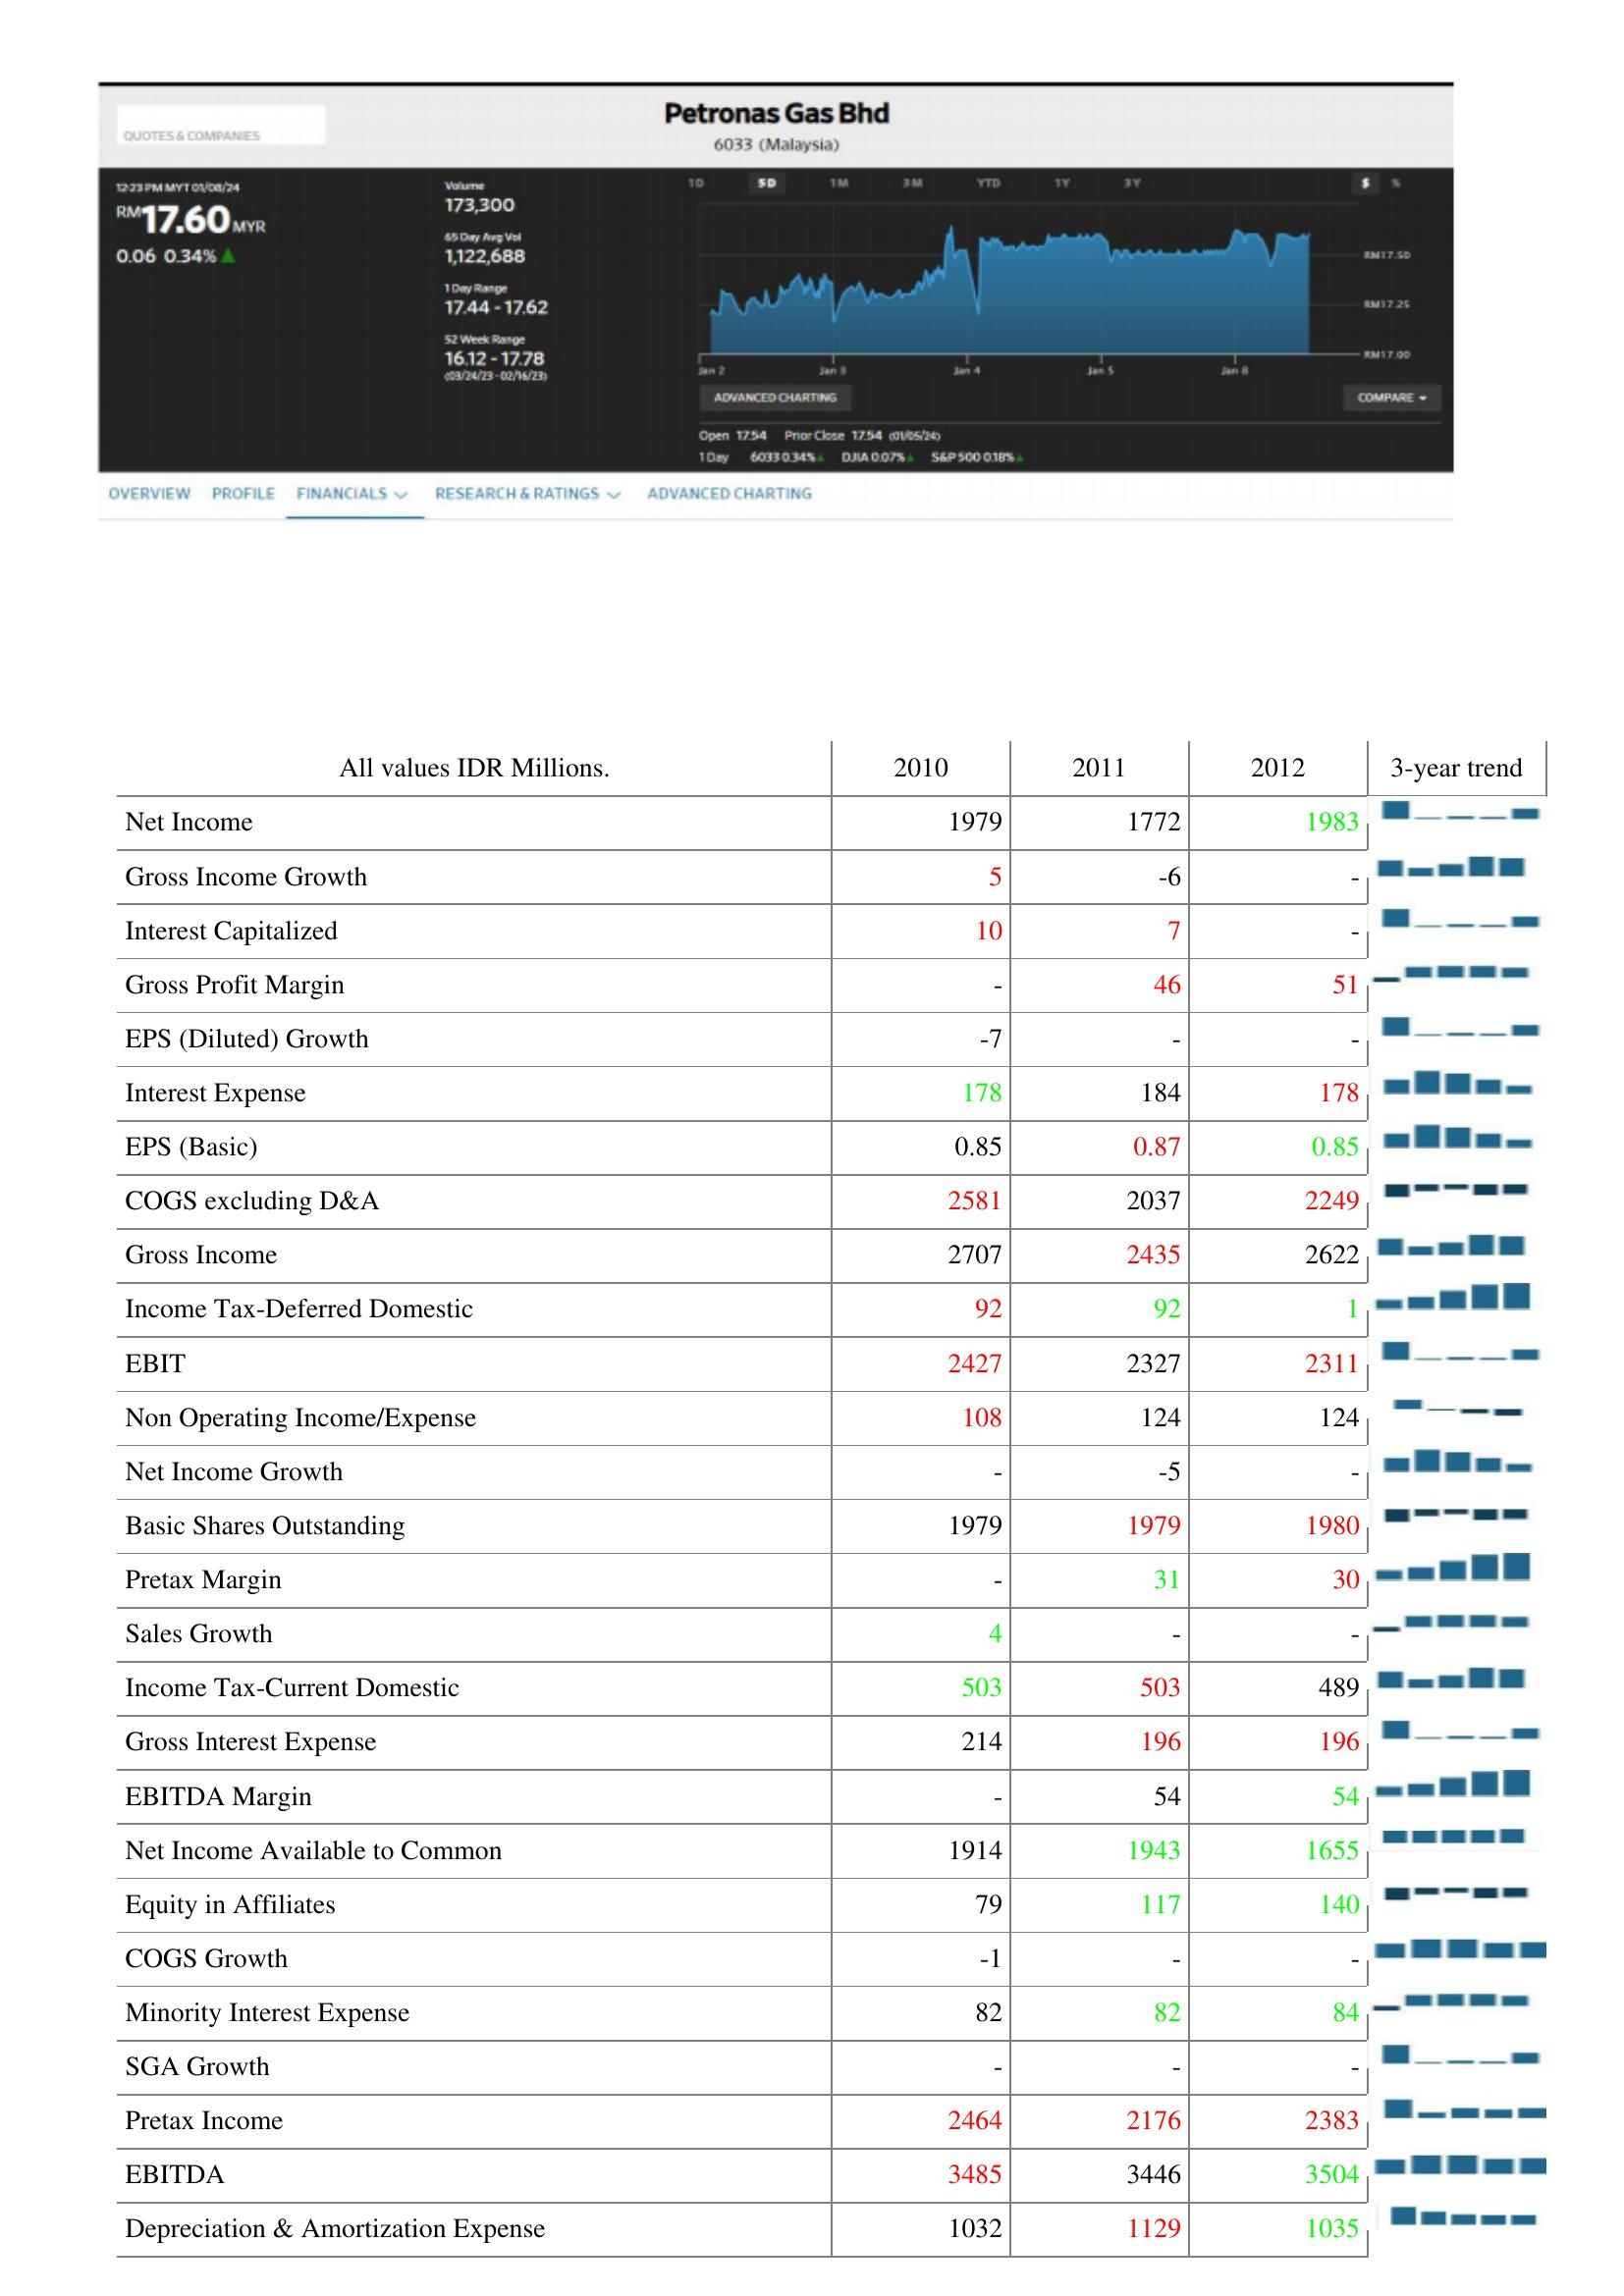
2010: : Net Income: 1979
Gross Income Growth: 5
Interest Capitalized: 10
Gross Profit Margin: -
EPS (Diluted) Growth: -7
Interest Expense: 178
EPS (Basic): 0.85
COGS excluding D&A: 2581
Gross Income: 2707
Income Tax-Deferred Domestic: 92
EBIT: 2427
Non Operating Income/Expense: 108
Net Income Growth: -
Basic Shares Outstanding: 1979
Pretax Margin: -
Sales Growth: 4
Income Tax-Current Domestic: 503
Gross Interest Expense: 214
EBITDA Margin: -
Net Income Available to Common: 1914
Equity in Affiliates: 79
COGS Growth: -1
Minority Interest Expense: 82
SGA Growth: -
Pretax Income: 2464
EBITDA: 3485
Depreciation & Amortization Expense: 1032
2011: : Net Income: 1772
Gross Income Growth: -6
Interest Capitalized: 7
Gross Profit Margin: 46
EPS (Diluted) Growth: -
Interest Expense: 184
EPS (Basic): 0.87
COGS excluding D&A: 2037
Gross Income: 2435
Income Tax-Deferred Domestic: 92
EBIT: 2327
Non Operating Income/Expense: 124
Net Income Growth: -5
Basic Shares Outstanding: 1979
Pretax Margin: 31
Sales Growth: -
Income Tax-Current Domestic: 503
Gross Interest Expense: 196
EBITDA Margin: 54
Net Income Available to Common: 1943
Equity in Affiliates: 117
COGS Growth: -
Minority Interest Expense: 82
SGA Growth: -
Pretax Income: 2176
EBITDA: 3446
Depreciation & Amortization Expense: 1129
2012: : Net Income: 1983
Gross Income Growth: -
Interest Capitalized: -
Gross Profit Margin: 51
EPS (Diluted) Growth: -
Interest Expense: 178
EPS (Basic): 0.85
COGS excluding D&A: 2249
Gross Income: 2622
Income Tax-Deferred Domestic: 1
EBIT: 2311
Non Operating Income/Expense: 124
Net Income Growth: -
Basic Shares Outstanding: 1980
Pretax Margin: 30
Sales Growth: -
Income Tax-Current Domestic: 489
Gross Interest Expense: 196
EBITDA Margin: 54
Net Income Available to Common: 1655
Equity in Affiliates: 140
COGS Growth: -
Minority Interest Expense: 84
SGA Growth: -
Pretax Income: 2383
EBITDA: 3504
Depreciation & Amortization Expense: 1035